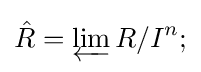
{\hat {R}}=\varprojlim R/I^{n};